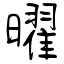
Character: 曜